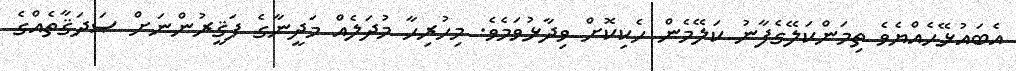
އެބައުޅޭހެއްޔެވެ ތިމަންކަލޭގެފާނު ކަލޭމެން ހެކިކޮށް ވިދާޅުވަމެވެ. މިހުރިހާ މުދަލެއް މަދީނާގެ ފަޤީރުންނަށް ޞަދަޤާތެއްގެ